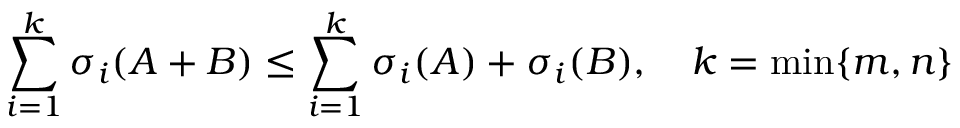
\sum _ { i = 1 } ^ { k } \sigma _ { i } ( A + B ) \leq \sum _ { i = 1 } ^ { k } \sigma _ { i } ( A ) + \sigma _ { i } ( B ) , \quad k = \operatorname* { m i n } \{ m , n \}